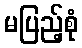
မပြည့်စုံ